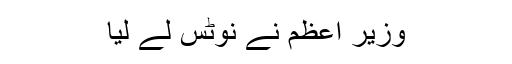
وزیر اعظم نے نوٹس لے لیا